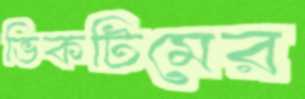
ভিকটিমের